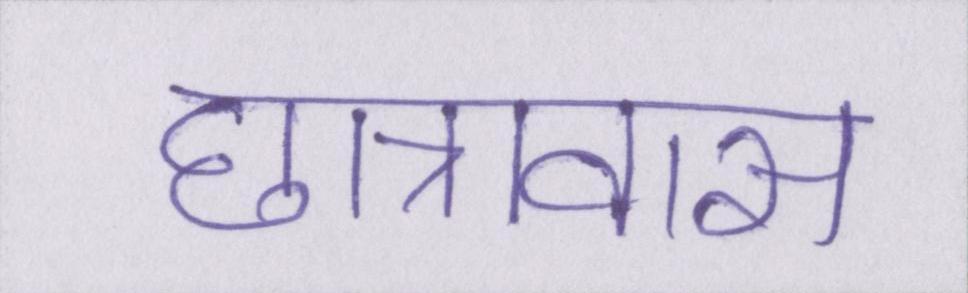
छात्रावास